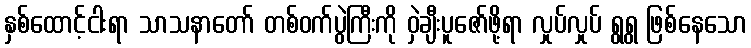
နှစ်ထောင့်ငါးရာ သာသနာတော် တစ်ဝက်ပွဲကြီးကို ဝှဲချီးပူဇော်ဖို့ရာ လှုပ်လှုပ် ရွရွ ဖြစ်နေသော